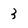
Character: 3